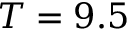
T = 9 . 5